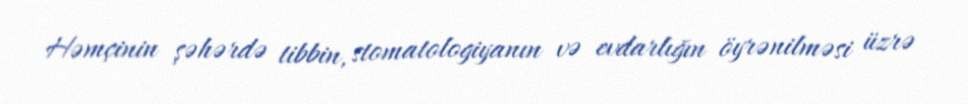
Həmçinin şəhərdə tibbin, stomatologiyanın və evdarlığın öyrənilməsi üzrə